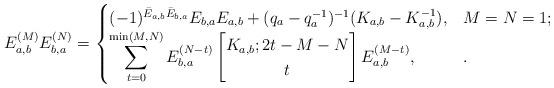
LaTeX: \begin{align*}E_{a,b}^{(M)}E_{b,a}^{(N)}=\begin{cases}(-1)^{\bar E_{a,b}\bar E_{b,a}}E_{b,a}E_{a,b}+(q_a-q_a^{-1})^{-1}(K_{a,b}-K_{a,b}^{-1}),&M=N=1;\\\displaystyle \sum_{t=0}^{\min(M,N)} E_{b,a}^{(N-t)}\begin{bmatrix} K_{a,b}; 2t-M-N \\ t \end{bmatrix} E_{a,b}^{(M-t)},&.\end{cases}\end{align*}